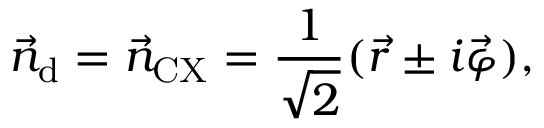
\vec { n } _ { \mathrm { d } } = \vec { n } _ { \mathrm { C X } } = \frac { 1 } { \sqrt { 2 } } ( \vec { r } \pm i \vec { \varphi } ) ,